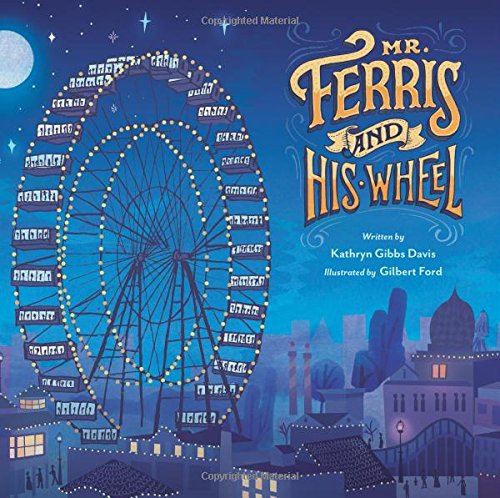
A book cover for Mr. Ferris and His Wheel; Kathryn Gibbs Davis; Children's Books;